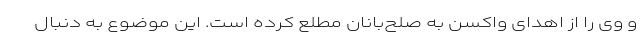
و وی را از اهدای واکسن به صلح‌بانان مطلع کرده است. این موضوع به دنبال